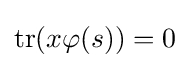
\operatorname {tr} (x\varphi (s))=0